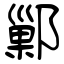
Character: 鄛